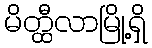
မိတ္ထီလာမြို့ရှိ